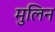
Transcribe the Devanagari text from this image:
मुलिन